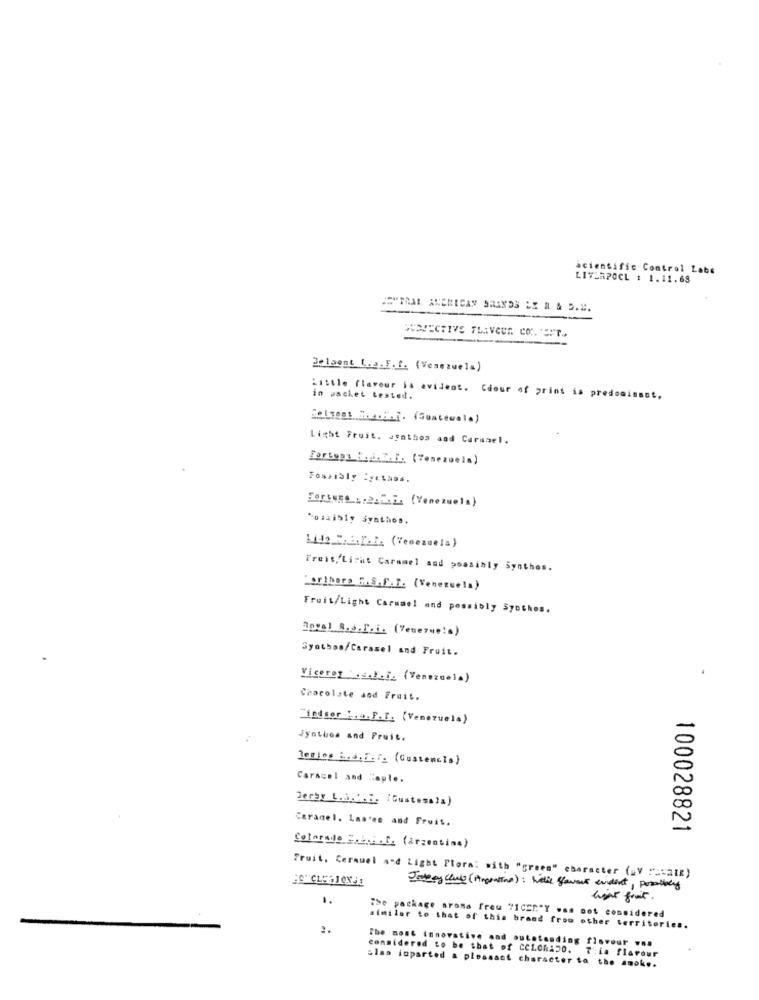
scientific Control Labe
LIVERPOCL : 1.11.68
TRAL AMERICAN BRANDS EX R & S.2.
Belaent L.p.E. f. (Venezuela)
Little flavour is evident. Cdour of print is predominast.
in packet tested.
Light Fruit. syathos and Caramel.
portups :... (Venezuela)
Fortune ":222.2. (Venezuela)
Lida 2.3.1.2. (Venezuela)
Freit,Licht Caramel and possibly Synthes.
Laribera S.S.F.T. (Venezuela)
Fruit/Light Carmmel and possibly Synthes.
Syothon/Caramel and Fruit.
Vicerey .s.f.i. (Venezuela)
Chocolate and Fruit.
"iedsor b.a.F.T. (Venezuela)
Jynthos and Pruit.
Regina is (Gustencio)
Caracol and Cople.
Derby L.a.M.E. (Gustesals)
Caramel. Lastes and Fruit.
100028821
Colorado = (Argentina)
Fruit, Cerauel and Light Plora: with "green" character (av !== atE)
1.
light fruit .
The package aroma freu 71CCC"Y was not considered
2.
similar to that of this brand from other territories.
The most innovative and outstanding fisyour vs.
considered to be that of COLORADO. This flavour
Glas ioparted a pleasant character to the smoke.